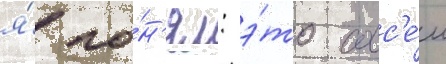
я́ по́н'ял: э́то совс'е́м